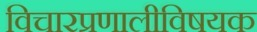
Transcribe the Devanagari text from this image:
विचारप्रणालीविषयक